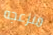
منزعجه